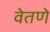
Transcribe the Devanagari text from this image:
वेतणे